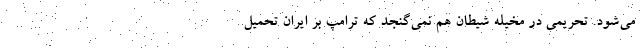
مي‌شود. تحريمي در مخيله شيطان هم نمي‌گنجد كه ترامپ بر ايران تحميل